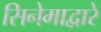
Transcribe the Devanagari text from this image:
सिनेमाद्वारे